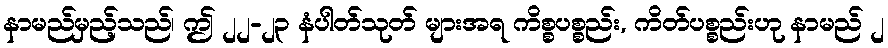
နာမည်မှည့်သည်၊ ဤ ၂၂-၂၃ နံပါတ်သုတ် များအရ ကိစ္စပစ္စည်း, ကိတ်ပစ္စည်းဟု နာမည် ၂